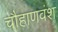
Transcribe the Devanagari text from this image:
चौहाणवंश